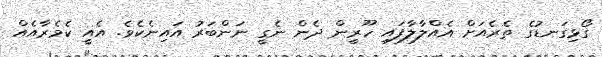
ގޯޅިގަނޑުގެ ތެރެއަށް އެއްލާލާފައި ހޫރީން ދެން ނެގީ ނަންބަރު އައިނެކެވެ. އެއީ ކެމެރާއެއް